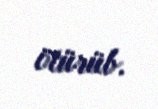
ötürüb.